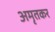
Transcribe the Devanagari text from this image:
अमृतकर